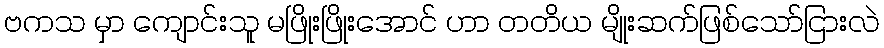
ဗကသ မှာ ကျောင်းသူ မဖြိုးဖြိုးအောင် ဟာ တတိယ မျိုးဆက်ဖြစ်သော်ငြားလဲ